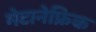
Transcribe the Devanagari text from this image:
मेटानेफ्रिक